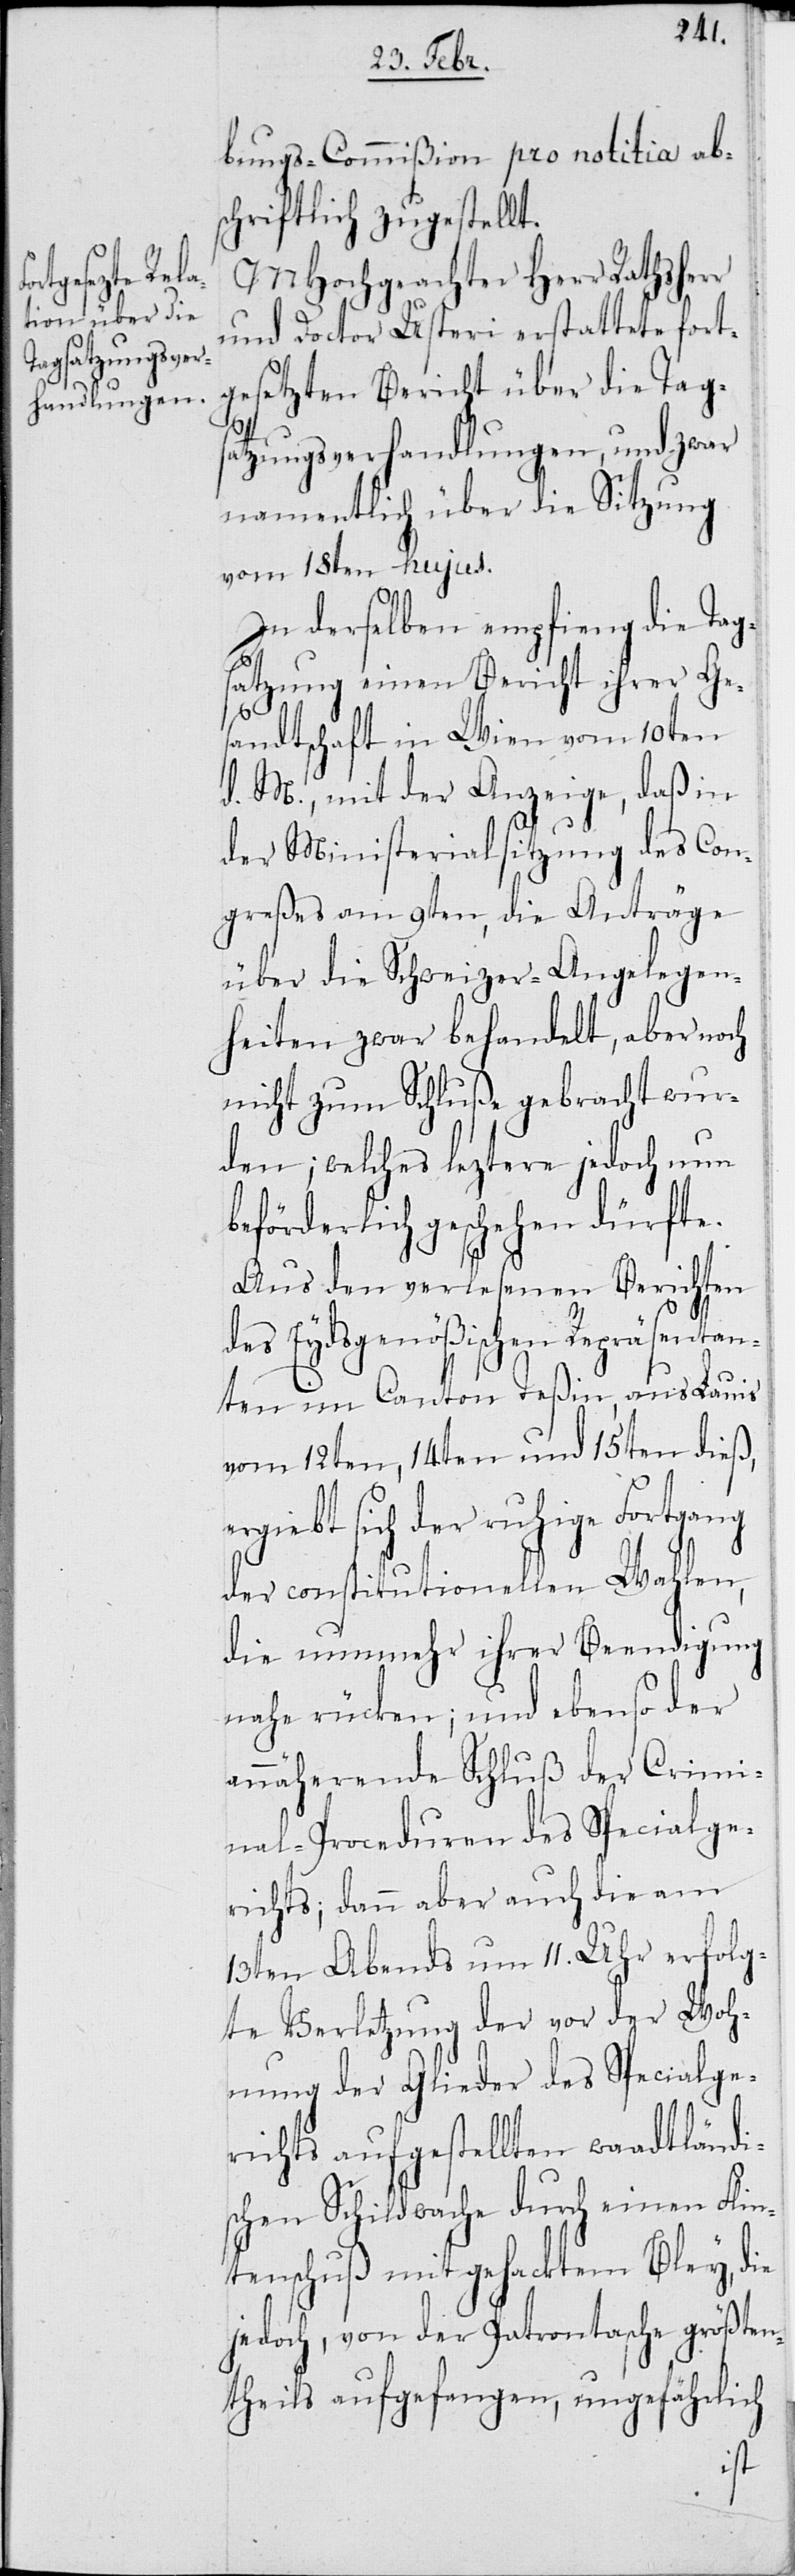
bungs-Commißion pro notitia ab¬
schriftlich zugestellt.
MHochgeachter Herr Rathsherr
und Doctor Usteri erstattete fort¬
gesetzten Bericht über die Tags¬
atzungsverhandlungen, und zwar
namentlich über die Sitzung
vom 18ten hujus.
In derselben empfieng die Tag¬
satzung einen Bericht ihrer Ge¬
sandtschaft in Wien vom 10ten
d. M., mit der Anzeige, daß in
der Ministerialsitzung des Con¬
greßes am 9ten, die Anträge
über die Schweizer-Angelegen¬
heiten zwar behandelt, aber noch
nicht zum Schluße gebracht wur¬
den, welches leztere jedoch nun
beförderlich geschehen dürfte.
Aus den verlesenen Berichten
des Eydsgenößischen Repräsentan¬
ten im Canton Teßin, aus Lauis
vom 12ten, 14ten und 15ten dieß,
ergiebt sich der ruhige Fortgang
der constitutionellen Wahlen,
die nunmehr ihrer Beendigung
nahe rücken; und ebenso der
annähernde Schluß der Crimi¬
nal-Proceduren des Specialge¬
richts; dann aber auch die am
13ten Abends um 11. Uhr erfolg¬
te Verletzung der vor der Woh¬
nung der Glieder des Specialge¬
richts aufgestellten waadtländi¬
schen Schildwache durch einen Flin¬
tenschuß mit gehacktem Bley, die
jedoch, von der Patrontasche größten¬
theils aufgefangen, ungefährlich